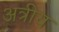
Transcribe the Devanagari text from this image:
अत्रीय